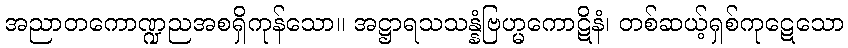
အညာတကောဏ္ဍညအစရှိကုန်သော။ အဋ္ဌာရသသန္နံဗြဟ္မကောဋိနံ၊ တစ်ဆယ့်ရှစ်ကုဋေသော